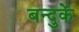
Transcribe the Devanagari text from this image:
बन्दुकें